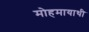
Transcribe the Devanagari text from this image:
मोहमायाथी